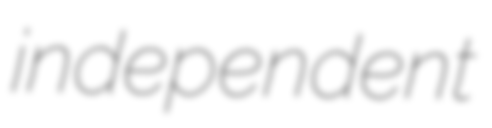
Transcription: independent